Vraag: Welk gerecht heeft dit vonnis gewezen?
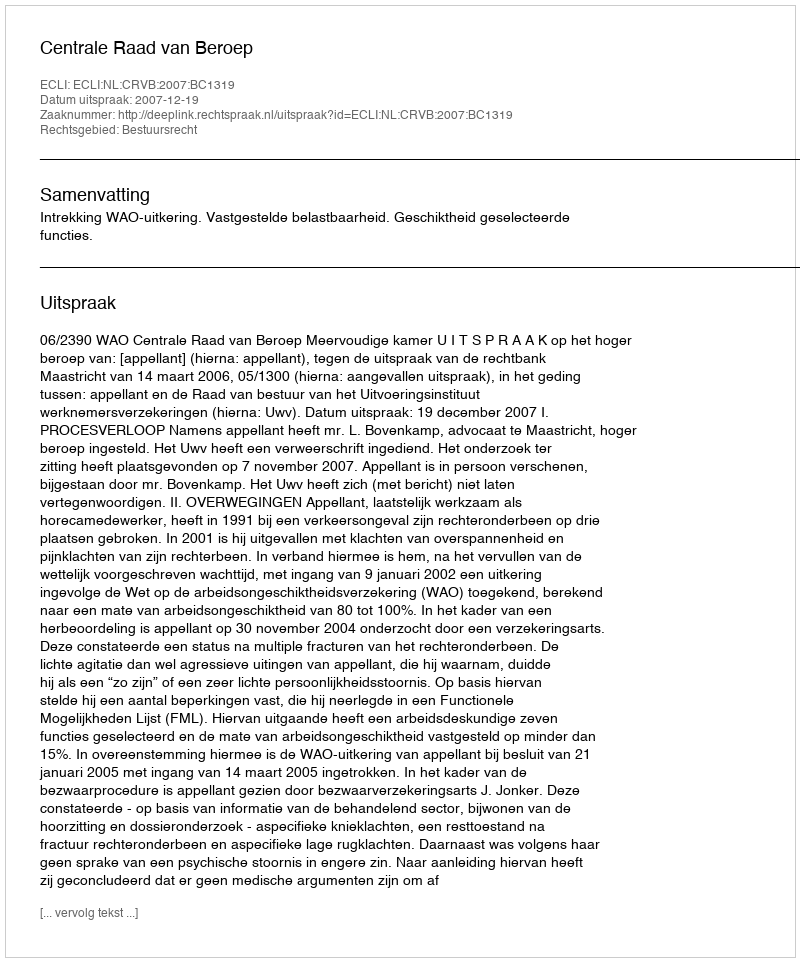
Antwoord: Centrale Raad van Beroep